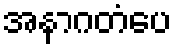
အနာဂတံပေ